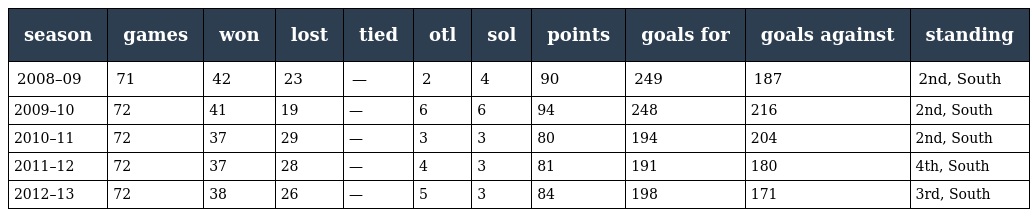
| season | games | won | lost | tied | otl | sol | points | goals for | goals against | standing |
 | --- | --- | --- | --- | --- | --- | --- | --- | --- | --- | --- |
 | 2008–09 | 71 | 42 | 23 | — | 2 | 4 | 90 | 249 | 187 | 2nd, South |
 | 2009–10 | 72 | 41 | 19 | — | 6 | 6 | 94 | 248 | 216 | 2nd, South |
 | 2010–11 | 72 | 37 | 29 | — | 3 | 3 | 80 | 194 | 204 | 2nd, South |
 | 2011–12 | 72 | 37 | 28 | — | 4 | 3 | 81 | 191 | 180 | 4th, South |
 | 2012–13 | 72 | 38 | 26 | — | 5 | 3 | 84 | 198 | 171 | 3rd, South |